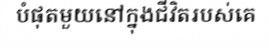
បំផុតមួយនៅក្នុងជីវិតរបស់គេ